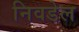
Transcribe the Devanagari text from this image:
निवडेल